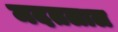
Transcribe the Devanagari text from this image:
मदतलाल